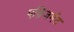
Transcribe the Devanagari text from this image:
एब्रिजमेंट